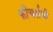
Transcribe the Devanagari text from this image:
फीचर्सची